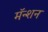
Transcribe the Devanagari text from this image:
मॅन्शन